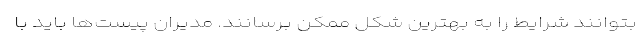
بتوانند شرایط را به بهترین شکل ممکن برسانند. مدیران پیست‌ها باید با